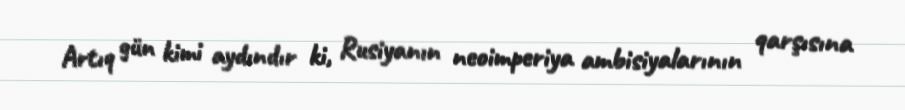
Artıq gün kimi aydındır ki, Rusiyanın neoimperiya ambisiyalarının qarşısına